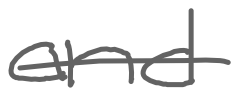
Text: and
Cross-out: single-line
Writing tool: digital_gray